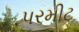
પરમીટ